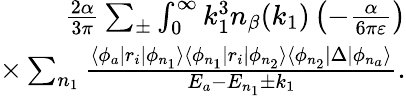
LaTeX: \begin{array}{r}{\frac{2\alpha}{3\pi}\sum_{\pm}\int_{0}^{\infty}k_{1}^{3}n_{\beta}(k_{1})\left(-\frac{\alpha}{6\pi\varepsilon}\right)}\\ {\times\sum_{n_{1}}\frac{\langle\phi_{a}|r_{i}|\phi_{n_{1}}\rangle\langle\phi_{n_{1}}|r_{i}|\phi_{n_{2}}\rangle\langle\phi_{n_{2}}|\Delta|\phi_{n_{a}}\rangle}{E_{a}-E_{n_{1}}\pm k_{1}}.}\end{array}